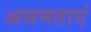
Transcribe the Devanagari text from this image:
असमताएं